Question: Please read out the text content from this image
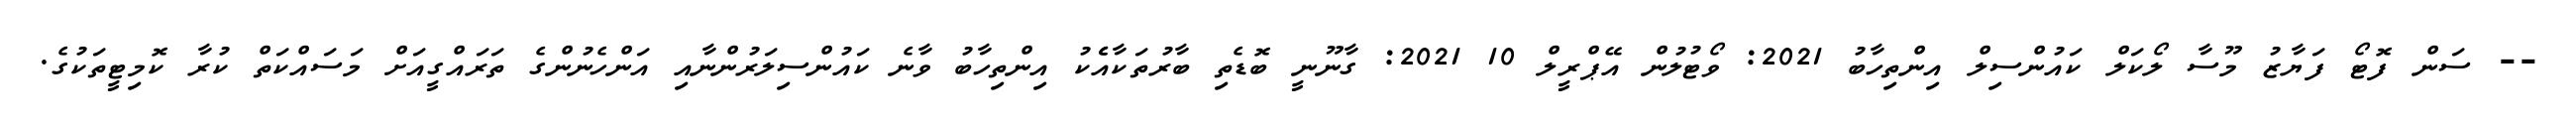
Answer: -- ސަން ފޮޓޯ ފަޔާޒު މޫސާ ލޯކަލް ކައުންސިލް އިންތިހާބު 2021: ވޯޓުލުން އޭޕްރީލް 10 2021: ގާނޫނީ ބޮޑެތި ބާރުތަކާއެެކު އިންތިހާބު ވާނެ ކައުންސިލަރުންނާއި އަންހެނުންގެ ތަރައްގީއަށް މަސައްކަތް ކުރާ ކޮމިޓީތަކުގެ.